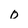
Character: 0